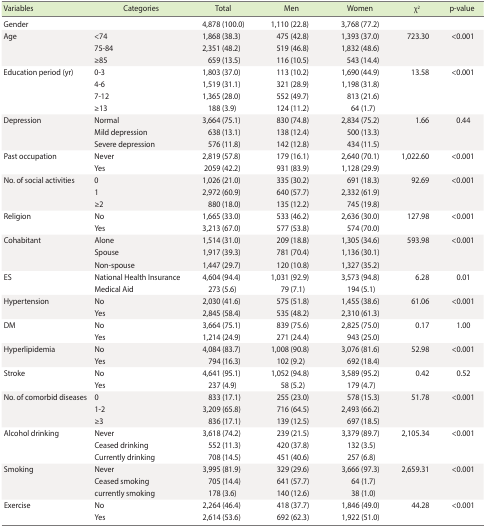
<table><thead><tr><td><b>Variables</b></td><td><b>Categories</b></td><td><b>Total</b></td><td><b>Men</b></td><td><b>Women</b></td><td><b>χ<sup>2</sup></b></td><td><b>p-value</b></td></tr></thead><tbody><tr><td>Gender</td><td></td><td>4,878 (100.0)</td><td>1,110 (22.8)</td><td>3,768 (77.2)</td><td></td><td></td></tr><tr><td rowspan="3">Age</td><td>&lt;74</td><td>1,868 (38.3)</td><td>475 (42.8)</td><td>1,393 (37.0)</td><td>723.30</td><td>&lt;0.001</td></tr><tr><td>75-84</td><td>2,351 (48.2)</td><td>519 (46.8)</td><td>1,832 (48.6)</td><td></td><td></td></tr><tr><td>≥85</td><td>659 (13.5)</td><td>116 (10.5)</td><td>543 (14.4)</td><td></td><td></td></tr><tr><td rowspan="4">Education period (yr)</td><td>0-3</td><td>1,803 (37.0)</td><td>113 (10.2)</td><td>1,690 (44.9)</td><td>13.58</td><td>&lt;0.001</td></tr><tr><td>4-6</td><td>1,519 (31.1)</td><td>321 (28.9)</td><td>1,198 (31.8)</td><td></td><td></td></tr><tr><td>7-12</td><td>1,365 (28.0)</td><td>552 (49.7)</td><td>813 (21.6)</td><td></td><td></td></tr><tr><td>≥13</td><td>188 (3.9)</td><td>124 (11.2)</td><td>64 (1.7)</td><td></td><td></td></tr><tr><td rowspan="3">Depression</td><td>Normal</td><td>3,664 (75.1)</td><td>830 (74.8)</td><td>2,834 (75.2)</td><td>1.66</td><td>0.44</td></tr><tr><td>Mild depression</td><td>638 (13.1)</td><td>138 (12.4)</td><td>500 (13.3)</td><td></td><td></td></tr><tr><td>Severe depression</td><td>576 (11.8)</td><td>142 (12.8)</td><td>434 (11.5)</td><td></td><td></td></tr><tr><td rowspan="2">Past occupation</td><td>Never</td><td>2,819 (57.8)</td><td>179 (16.1)</td><td>2,640 (70.1)</td><td>1,022.60</td><td>&lt;0.001</td></tr><tr><td>Yes</td><td>2059 (42.2)</td><td>931 (83.9)</td><td>1,128 (29.9)</td><td></td><td></td></tr><tr><td rowspan="3">No. of social activities</td><td>0</td><td>1,026 (21.0)</td><td>335 (30.2)</td><td>691 (18.3)</td><td>92.69</td><td>&lt;0.001</td></tr><tr><td>1</td><td>2,972 (60.9)</td><td>640 (57.7)</td><td>2,332 (61.9)</td><td></td><td></td></tr><tr><td>≥2</td><td>880 (18.0)</td><td>135 (12.2)</td><td>745 (19.8)</td><td></td><td></td></tr><tr><td rowspan="2">Religion</td><td>No</td><td>1,665 (33.0)</td><td>533 (46.2)</td><td>2,636 (30.0)</td><td>127.98</td><td>&lt;0.001</td></tr><tr><td>Yes</td><td>3,213 (67.0)</td><td>577 (53.8)</td><td>574 (70.0)</td><td></td><td></td></tr><tr><td rowspan="3">Cohabitant</td><td>Alone</td><td>1,514 (31.0)</td><td>209 (18.8)</td><td>1,305 (34.6)</td><td>593.98</td><td>&lt;0.001</td></tr><tr><td>Spouse</td><td>1,917 (39.3)</td><td>781 (70.4)</td><td>1,136 (30.1)</td><td></td><td></td></tr><tr><td>Non-spouse</td><td>1,447 (29.7)</td><td>120 (10.8)</td><td>1,327 (35.2)</td><td></td><td></td></tr><tr><td rowspan="2">ES</td><td>National Health Insurance</td><td>4,604 (94.4)</td><td>1,031 (92.9)</td><td>3,573 (94.8)</td><td>6.28</td><td>0.01</td></tr><tr><td>Medical Aid</td><td>273 (5.6)</td><td>79 (7.1)</td><td>194 (5.1)</td><td></td><td></td></tr><tr><td rowspan="2">Hypertension</td><td>No</td><td>2,030 (41.6)</td><td>575 (51.8)</td><td>1,455 (38.6)</td><td>61.06</td><td>&lt;0.001</td></tr><tr><td>Yes</td><td>2,845 (58.4)</td><td>535 (48.2)</td><td>2,310 (61.3)</td><td></td><td></td></tr><tr><td rowspan="2">DM</td><td>No</td><td>3,664 (75.1)</td><td>839 (75.6)</td><td>2,825 (75.0)</td><td>0.17</td><td>1.00</td></tr><tr><td>Yes</td><td>1,214 (24.9)</td><td>271 (24.4)</td><td>943 (25.0)</td><td></td><td></td></tr><tr><td rowspan="2">Hyperlipidemia</td><td>No</td><td>4,084 (83.7)</td><td>1,008 (90.8)</td><td>3,076 (81.6)</td><td>52.98</td><td>&lt;0.001</td></tr><tr><td>Yes</td><td>794 (16.3)</td><td>102 (9.2)</td><td>692 (18.4)</td><td></td><td></td></tr><tr><td rowspan="2">Stroke</td><td>No</td><td>4,641 (95.1)</td><td>1,052 (94.8)</td><td>3,589 (95.2)</td><td>0.42</td><td>0.52</td></tr><tr><td>Yes</td><td>237 (4.9)</td><td>58 (5.2)</td><td>179 (4.7)</td><td></td><td></td></tr><tr><td rowspan="3">No. of comorbid diseases</td><td>0</td><td>833 (17.1)</td><td>255 (23.0)</td><td>578 (15.3)</td><td>51.78</td><td>&lt;0.001</td></tr><tr><td>1-2</td><td>3,209 (65.8)</td><td>716 (64.5)</td><td>2,493 (66.2)</td><td></td><td></td></tr><tr><td>≥3</td><td>836 (17.1)</td><td>139 (12.5)</td><td>697 (18.5)</td><td></td><td></td></tr><tr><td rowspan="3">Alcohol drinking</td><td>Never</td><td>3,618 (74.2)</td><td>239 (21.5)</td><td>3,379 (89.7)</td><td>2,105.34</td><td>&lt;0.001</td></tr><tr><td>Ceased drinking</td><td>552 (11.3)</td><td>420 (37.8)</td><td>132 (3.5)</td><td></td><td></td></tr><tr><td>Currently drinking</td><td>708 (14.5)</td><td>451 (40.6)</td><td>257 (6.8)</td><td></td><td></td></tr><tr><td rowspan="3">Smoking</td><td>Never</td><td>3,995 (81.9)</td><td>329 (29.6)</td><td>3,666 (97.3)</td><td>2,659.31</td><td>&lt;0.001</td></tr><tr><td>Ceased smoking</td><td>705 (14.4)</td><td>641 (57.7)</td><td>64 (1.7)</td><td></td><td></td></tr><tr><td>currently smoking</td><td>178 (3.6)</td><td>140 (12.6)</td><td>38 (1.0)</td><td></td><td></td></tr><tr><td rowspan="2">Exercise</td><td>No</td><td>2,264 (46.4)</td><td>418 (37.7)</td><td>1,846 (49.0)</td><td>44.28</td><td>&lt;0.001</td></tr><tr><td>Yes</td><td>2,614 (53.6)</td><td>692 (62.3)</td><td>1,922 (51.0)</td><td></td><td></td></tr></tbody></table>